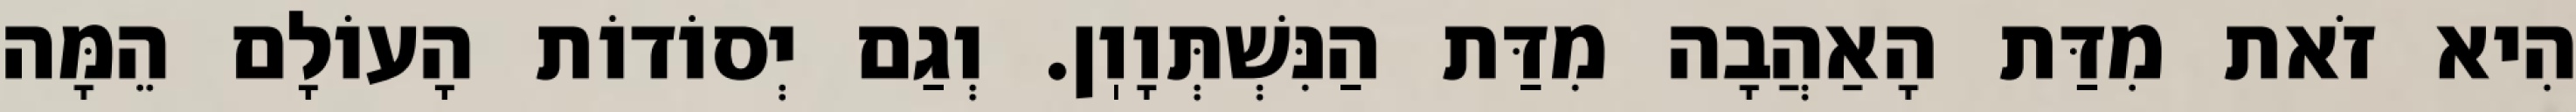
הִיא זֹאת מִדַּת הָאַהֲבָה מִדַּת הַנִּשְׁתְּוָוֽן. וְגַם יְסוֹדוֹת הָעוֹלָם הֵמָּה